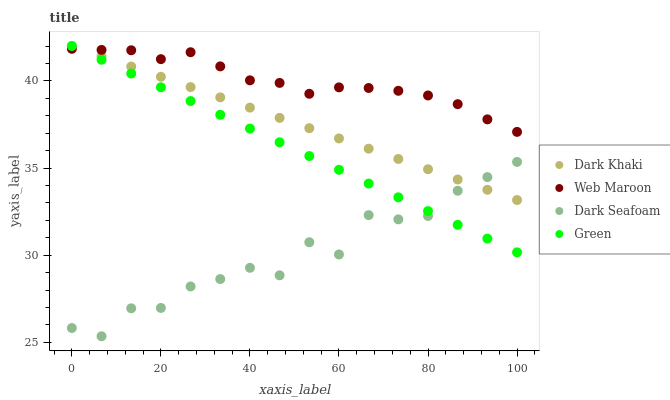
| xaxis_label | Dark Khaki | Web Maroon | Dark Seafoam | Green |
 | --- | --- | --- | --- | --- |
 | 0 | 42 | 41.8 | 25.8 | 42 |
 | 6.67 | 41.4 | 41.8 | 25.4 | 41.2 |
 | 13.3 | 40.8 | 41.8 | 27 | 40.4 |
 | 20 | 40.2 | 41.2 | 27 | 39.6 |
 | 26.7 | 39.6 | 41.6 | 28.2 | 38.8 |
 | 33.3 | 39.1 | 40.8 | 28.6 | 38.1 |
 | 40 | 38.5 | 40 | 29.3 | 37.3 |
 | 46.7 | 37.9 | 39.9 | 28.8 | 36.5 |
 | 53.3 | 37.3 | 39.3 | 30.7 | 35.7 |
 | 60 | 36.7 | 39.6 | 30 | 34.9 |
 | 66.7 | 36.1 | 39.6 | 32.3 | 34.1 |
 | 73.3 | 35.5 | 39.4 | 32.1 | 33.3 |
 | 80 | 34.9 | 39.2 | 32.3 | 32.5 |
 | 86.7 | 34.3 | 38.7 | 33.7 | 31.7 |
 | 93.3 | 33.8 | 37.8 | 34.5 | 31 |
 | 100 | 33.2 | 37.1 | 35.4 | 30.2 |